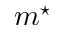
m ^ { \star }